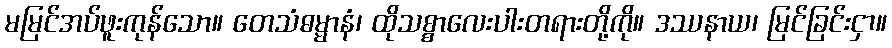
မမြင်အပ်ဖူးကုန်သော။ တေသံဓမ္မာနံ၊ ထိုသစ္စာလေးပါးတရားတို့ကို။ ဒဿနာယ၊ မြင်ခြင်းငှာ။